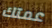
عمتك